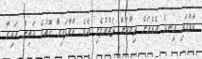
ކާރުގައި އިނދެ އެގެއަށް ދިމާއަށް ދަތުރުފެށި އެވެ. ރާވާފައިވާ ގޮތުގެ މަތިން އައިރާ